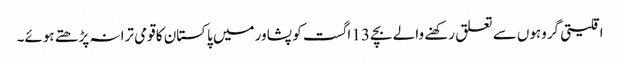
اقلیتی گروہوں سے تعلق رکھنے والے بچے 13 اگست کو پشاور میں پاکستان کا قومی ترانہ پڑھتے ہوئے۔